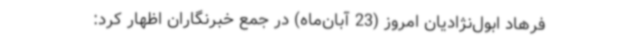
فرهاد ابول‌نژادیان امروز (23 آبان‌ماه) در جمع خبرنگاران اظهار کرد: